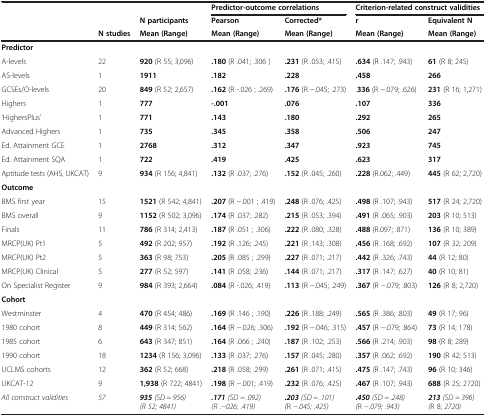
<table><thead><tr><td><b> </b></td><td><b> </b></td><td><b> </b></td><td colspan="2"><b>Predictor-outcome correlations</b></td><td colspan="2"><b>Criterion-related construct validities</b></td></tr><tr><td><b> </b></td><td><b> </b></td><td><b>N participants</b></td><td><b>Pearson</b></td><td><b>Corrected*</b></td><td><b>r</b></td><td><b>Equivalent N</b></td></tr><tr><td><b> </b></td><td><b>N studies</b></td><td><b>Mean (Range)</b></td><td><b>Mean (Range)</b></td><td><b>Mean (Range)</b></td><td><b>Mean (Range)</b></td><td><b>Mean (Range)</b></td></tr></thead><tbody><tr><td><b>Predictor</b></td><td> </td><td> </td><td> </td><td> </td><td> </td><td> </td></tr><tr><td>A-levels</td><td>22</td><td><b>920</b> (R 55; 3,096)</td><td><b>.180</b> (R .041; .306 )</td><td><b>.231</b> (R .053; .415)</td><td><b>.634</b> (R .147; .943)</td><td><b>61</b> (R 8; 245)</td></tr><tr><td>AS-levels</td><td>1</td><td><b>1911</b></td><td><b>.182</b></td><td><b>.228</b></td><td><b>.458</b></td><td><b>266</b></td></tr><tr><td>GCSEs/O-levels</td><td>20</td><td><b>849</b> (R 52; 2,657)</td><td><b>.162</b> (R -.026 ; .269)</td><td><b>.176</b> (R −.045; .273)</td><td>.<b>336</b> (R −.079; .626)</td><td><b>231</b> (R 16; 1,271)</td></tr><tr><td>Highers</td><td>1</td><td><b>777</b></td><td><b>-.001</b></td><td><b>.076</b></td><td><b>.107</b></td><td><b>336</b></td></tr><tr><td>‘HighersPlus’</td><td>1</td><td><b>771</b></td><td><b>.143</b></td><td><b>.180</b></td><td><b>.292</b></td><td><b>265</b></td></tr><tr><td>Advanced Highers</td><td>1</td><td><b>735</b></td><td><b>.345</b></td><td><b>.358</b></td><td><b>.506</b></td><td><b>247</b></td></tr><tr><td>Ed. Attainment GCE</td><td>1</td><td><b>2768</b></td><td><b>.312</b></td><td><b>.347</b></td><td><b>.923</b></td><td><b>745</b></td></tr><tr><td>Ed. Attainment SQA</td><td>1</td><td><b>722</b></td><td><b>.419</b></td><td><b>.425</b></td><td><b>.623</b></td><td><b>317</b></td></tr><tr><td>Aptitude tests (AH5, UKCAT)</td><td>9</td><td><b>934</b> (R 156; 4,841)</td><td><b>.132</b> (R .037; .276)</td><td><b>.152</b> (R .045; .260)</td><td><b>.228</b> (R.062; .449)</td><td><b>445</b> (R 62; 2,720)</td></tr><tr><td><b>Outcome</b></td><td> </td><td> </td><td> </td><td> </td><td> </td><td> </td></tr><tr><td>BMS first year</td><td>15</td><td><b>1521</b> (R 542; 4,841)</td><td><b>.207</b> (R −.001 ; .419)</td><td><b>.248</b> (R .076; .425)</td><td><b>.498</b> (R .107; .943)</td><td><b>517</b> (R 24; 2,720)</td></tr><tr><td>BMS overall</td><td>9</td><td><b>1152</b> (R 502; 3,096)</td><td><b>.174</b> (R .037; .282)</td><td><b>.215</b> (R .053; .394)</td><td><b>.491</b> (R .065; .903)</td><td><b>203</b> (R 10; 513)</td></tr><tr><td>Finals</td><td>11</td><td><b>786</b> (R 314; 2,413)</td><td><b>.187</b> (R .051 ; .306)</td><td><b>.222</b> (R .080; .328)</td><td><b>.488</b> (R.097; .871)</td><td><b>136</b> (R 10; 389)</td></tr><tr><td>MRCP(UK) Pt1</td><td>5</td><td><b>492</b> (R 202; 957)</td><td><b>.192</b> (R .126; .245)</td><td><b>.221</b> (R .143; .308)</td><td><b>.456</b> (R .168; .692)</td><td><b>107</b> (R 32; 209)</td></tr><tr><td>MRCP(UK) Pt2</td><td>5</td><td><b>363</b> (R 98; 753)</td><td><b>.205</b> (R .085 ; .299)</td><td><b>.227</b> (R .071; .217)</td><td><b>.442</b> (R .326; .743)</td><td><b>44</b> (R 12; 80)</td></tr><tr><td>MRCP(UK) Clinical</td><td>5</td><td><b>277</b> (R 52; 597)</td><td><b>.141</b> (R .058; .236)</td><td><b>.144</b> (R .071; .217)</td><td><b>.317</b> (R .147; .627)</td><td><b>40</b> (R 10; 81)</td></tr><tr><td>On Specialist Register</td><td>9</td><td><b>984</b> (R 393; 2,664)</td><td><b>.084</b> (R -.026; .419)</td><td><b>.113</b> (R −.045; .249)</td><td><b>.367</b> (R −.079; .803)</td><td><b>126</b> (R 8; 2,720)</td></tr><tr><td><b>Cohort</b></td><td> </td><td> </td><td> </td><td> </td><td> </td><td> </td></tr><tr><td>Westminster</td><td>4</td><td><b>470</b> (R 454; 486)</td><td><b>.169</b> (R .146 ; .190)</td><td><b>.226</b> (R .188; .249)</td><td><b>.565</b> (R .386; .803)</td><td><b>49</b> (R 17; 96)</td></tr><tr><td>1980 cohort</td><td>8</td><td><b>449</b> (R 314; 562)</td><td><b>.164</b> (R −.026; .306)</td><td><b>.192</b> (R −.046; .315)</td><td><b>.457</b> (R −.079; .864)</td><td><b>73</b> (R 14; 178)</td></tr><tr><td>1985 cohort</td><td>6</td><td><b>643</b> (R 347; 851)</td><td><b>.164</b> (R .066 ; .240)</td><td><b>.187</b> (R .102; .253)</td><td><b>.566</b> (R .214; .903)</td><td><b>98</b> (R 8; 289)</td></tr><tr><td>1990 cohort</td><td>18</td><td><b>1234</b> (R 156; 3,096)</td><td><b>.133</b> (R .037; .276)</td><td><b>.157</b> (R .045; .280)</td><td><b>.357</b> (R .062; .692)</td><td><b>190</b> (R 42; 513)</td></tr><tr><td>UCLMS cohorts</td><td>12</td><td><b>362</b> (R 52; 668)</td><td><b>.218</b> (R .058; .299)</td><td><b>.261</b> (R .071; .415)</td><td><b>.475</b> (R .147; .743)</td><td><b>96</b> (R 10; 346)</td></tr><tr><td>UKCAT-12</td><td>9</td><td><b>1,938</b> (R 722; 4841)</td><td><b>.198</b> (R −.001; .419)</td><td><b>.232</b> (R .076; .425)</td><td><b>.467</b> (R .107; .943)</td><td><b>688</b> (R 25; 2720)</td></tr><tr><td><i>All construct validities</i></td><td><i>57</i></td><td><b><i>935</i></b><i>(SD = 956) (R 52; 4841)</i></td><td><b><i>.171</i></b><i>(SD = .092) (R .−026; .419)</i></td><td><b><i>.203</i></b><i>(SD = .101) (</i>R <i>−.045; .425)</i></td><td><b>.</b><b><i>450</i></b><i>(SD = .248) (</i>R <i>−.079; .943)</i></td><td><b><i>213</i></b><i>(SD = 396) (</i>R 8; <i>2720)</i></td></tr></tbody></table>